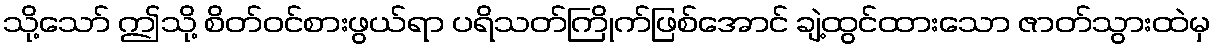
သို့သော် ဤသို့ စိတ်ဝင်စားဖွယ်ရာ ပရိသတ်ကြိုက်ဖြစ်အောင် ချဲ့ထွင်ထားသော ဇာတ်သွားထဲမှ